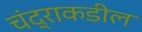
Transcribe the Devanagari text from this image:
चंद्राकडील